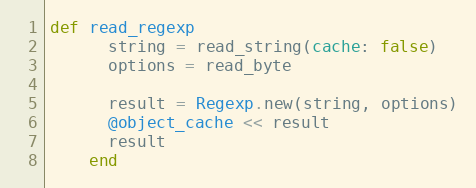
Language: Ruby
def read_regexp
      string = read_string(cache: false)
      options = read_byte

      result = Regexp.new(string, options)
      @object_cache << result
      result
    end